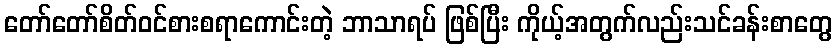
တော်တော်စိတ်ဝင်စားစရာကောင်းတဲ့ ဘာသာရပ် ဖြစ်ပြီး ကိုယ့်အတွက်လည်းသင်ခန်းစာတွေ